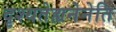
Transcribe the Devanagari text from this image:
दृश्यतेह्यनेनेति